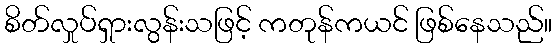
စိတ်လှုပ်ရှားလွန်းသဖြင့် ကတုန်ကယင် ဖြစ်နေသည်။